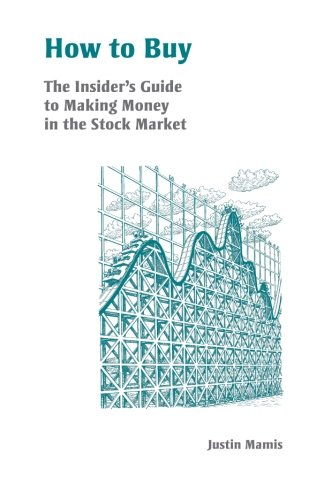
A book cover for How to Buy: An Insider's Guide to Making Money in the Stock Market (Fraser Publishing Library); Justin Mamis; Business & Money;